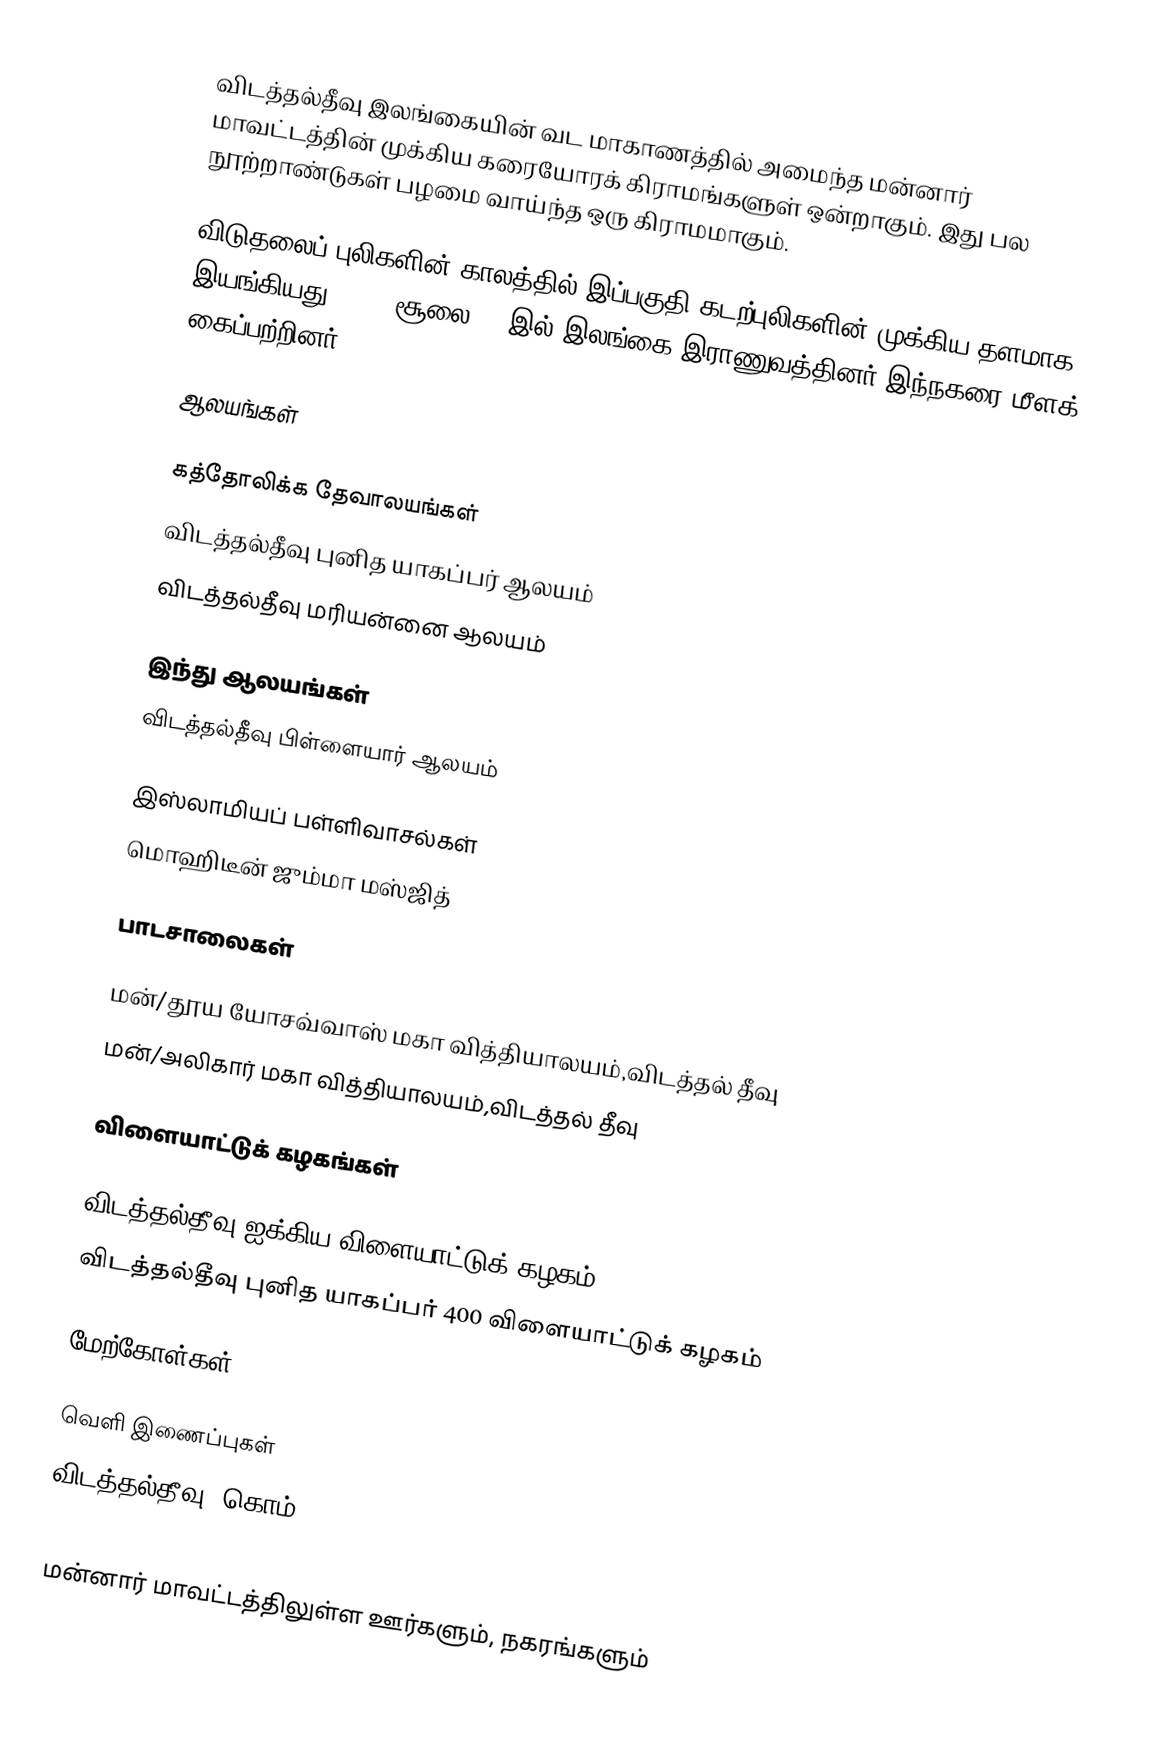
விடத்தல்தீவு இலங்கையின் வட மாகாணத்தில் அமைந்த மன்னார் மாவட்டத்தின் முக்கிய கரையோரக் கிராமங்களுள் ஒன்றாகும். இது பல நூற்றாண்டுகள் பழமை வாய்ந்த ஒரு கிராமமாகும்.

விடுதலைப் புலிகளின் காலத்தில் இப்பகுதி கடற்புலிகளின் முக்கிய தளமாக இயங்கியது. 2008 சூலை 16 இல் இலங்கை இராணுவத்தினர் இந்நகரை மீளக் கைப்பற்றினர்.

ஆலயங்கள்

கத்தோலிக்க தேவாலயங்கள்
 விடத்தல்தீவு புனித யாகப்பர் ஆலயம்
 விடத்தல்தீவு மரியன்னை ஆலயம்

இந்து ஆலயங்கள்
 விடத்தல்தீவு பிள்ளையார் ஆலயம்

இஸ்லாமியப் பள்ளிவாசல்கள்
 மொஹிடீன் ஜும்மா மஸ்ஜித்

பாடசாலைகள்

மன்/தூய யோசவ்வாஸ் மகா வித்தியாலயம்,விடத்தல் தீவு
மன்/அலிகார் மகா வித்தியாலயம்,விடத்தல் தீவு

விளையாட்டுக் கழகங்கள்

விடத்தல்தீவு ஐக்கிய விளையாட்டுக் கழகம்
விடத்தல்தீவு புனித யாகப்பர் 400   விளையாட்டுக் கழகம்

மேற்கோள்கள்

வெளி இணைப்புகள்
விடத்தல்தீவு .கொம்

மன்னார் மாவட்டத்திலுள்ள ஊர்களும், நகரங்களும்